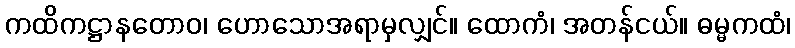
ကထိကဋ္ဌာနတောဝ၊ ဟောသောအရာမှလျှင်။ ထောကံ၊ အတန်ငယ်။ ဓမ္မကထံ၊